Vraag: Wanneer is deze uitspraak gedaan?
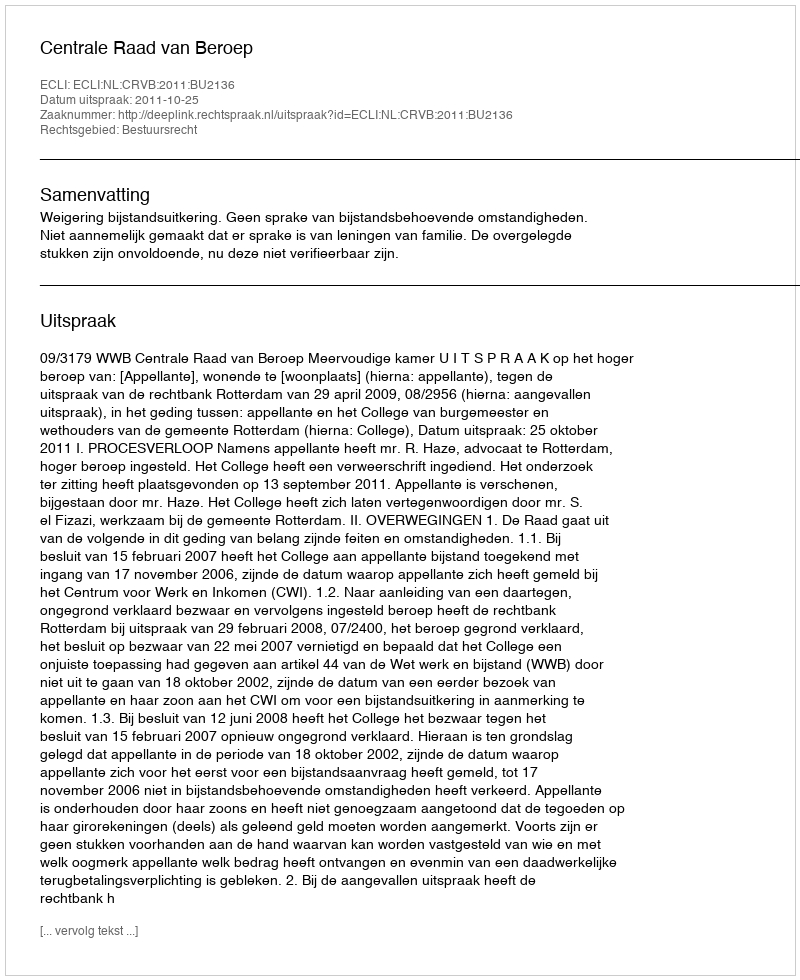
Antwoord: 2011-10-25